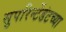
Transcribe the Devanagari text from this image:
सुपरिन्टेंडंटच्या